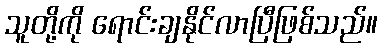
သူတို့ကို ရောင်းချနိုင်လာပြီဖြစ်သည်။